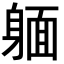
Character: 𨉥